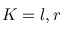
K = l , r